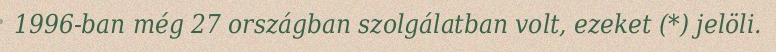
1996-ban még 27 országban szolgálatban volt, ezeket (*) jelöli.